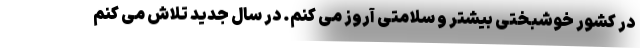
در کشور خوشبختی بیشتر و سلامتی آروز می کنم. در سال جدید تلاش می کنم